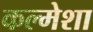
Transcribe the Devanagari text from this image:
कल्मेशा